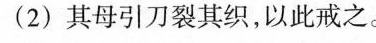
(2)其母引刀裂其织，以此戒之。